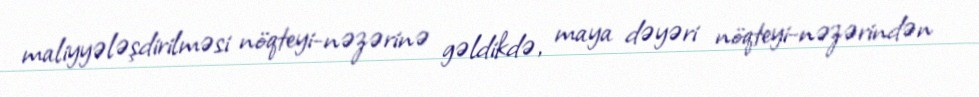
maliyyələşdirilməsi nöqteyi-nəzərinə gəldikdə, maya dəyəri nöqteyi-nəzərindən